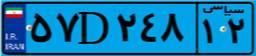
۵۷D۲۴۸۱۲